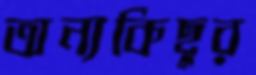
অন্যকিছুর